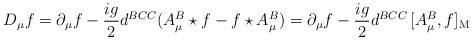
\begin{align*}D_{\mu}f = \partial_{\mu}f - {ig\over 2} d^{BCC} (A_{\mu}^{B}\star f -f\star A_{\mu}^{B}) = \partial_{\mu}f - {ig\over 2} d^{BCC}\,[A_{\mu}^{B}, f]_{\rm M}\end{align*}